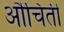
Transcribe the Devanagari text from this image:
औचिती